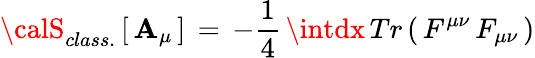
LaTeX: {\calS}_{class.}\, [\, \mathbf{A}_{\mu}\, ]\, =\, -{\frac{{1}}{{4}}}\, \intdx\, Tr\left(\, F^{\mu\nu}\, F_{\mu\nu}\, \right)